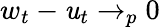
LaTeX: w_{t}-\mathit{u}_{t}\to_{p}0